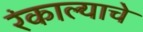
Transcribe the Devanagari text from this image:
रंकाल्याचे